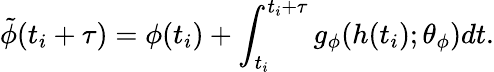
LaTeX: \tilde{\phi}(t_{i}+\tau)=\phi(t_{i})+\int_{t_{i}}^{t_{i}+\tau}g_{\phi}(h(t_{i});\theta_{\phi})dt.